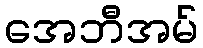
အေဘီအမ်